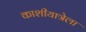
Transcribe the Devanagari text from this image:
काशीयात्रेला